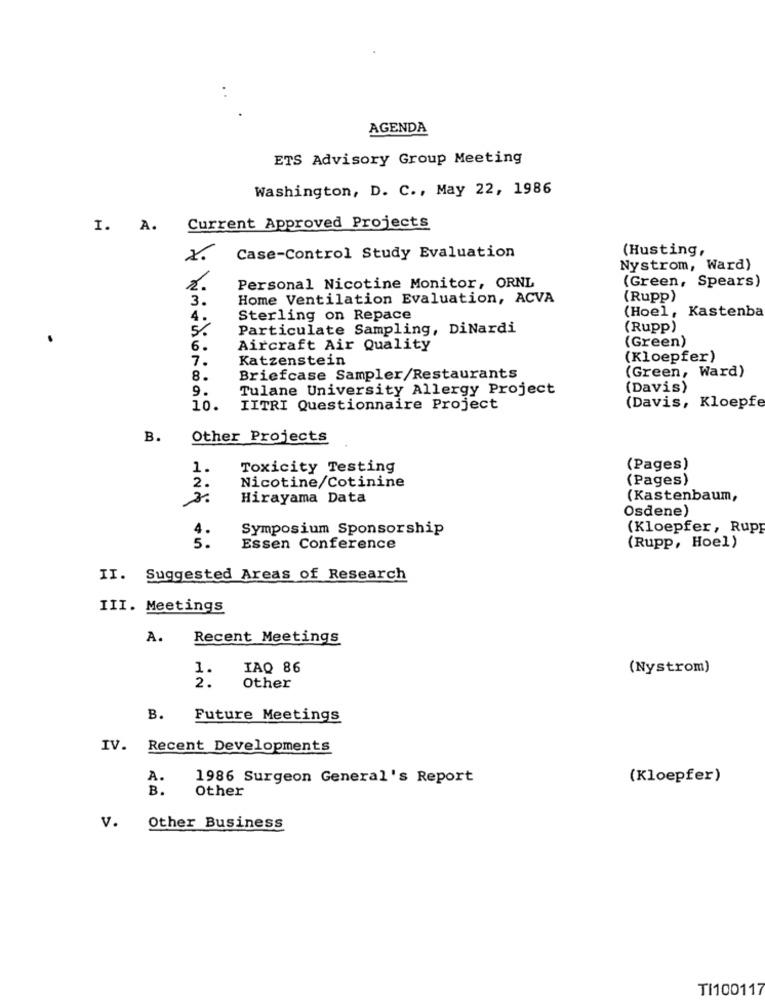
AGENDA
ETS Advisory Group Meeting
Washington, D. C ., May 22, 1986
I. A.
Current Approved Projects
(Husting,
Case-Control Study Evaluation
Nystrom, Ward)
(Green, Spears)
2.
Personal Nicotine Monitor, ORNL
3.
Home Ventilation Evaluation, ACVA
(Rupp)
Sterling on Repace
(Hoel, Kastenba
5%
Particulate Sampling, DiNardi
(Rupp)
6.
Aircraft Air Quality
(Green)
7.
Katzenstein
(Kloepfer)
8.
Briefcase Sampler/Restaurants
(Green, Ward)
Tulane University Allergy Project
(Davis)
9.
10.
IITRI Questionnaire Project
(Davis, Kloepfe
B.
Other Projects
1.
Toxicity Testing
(Pages)
Nicotine/Cotinine
(Pages)
2.
Hirayama Data
(Kastenbaum,
Osdene)
4.
Symposium Sponsorship
(Kloepfer, Rup
5.
Essen Conference
(Rupp, Hoel)
II. Suggested Areas of Research
III. Meetings
A.
Recent Meetings
IAQ 86
(Nystrom)
1.
Other
B.
Future Meetings
IV.
Recent Developments
A.
1986 Surgeon General's Report
(Kloepfer)
B .
Other
V.
Other Business
TI100117